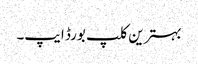
بہترین کلپ بورڈ ایپ۔